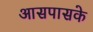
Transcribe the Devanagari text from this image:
आसपासके